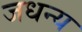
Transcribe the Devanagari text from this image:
जधन्य